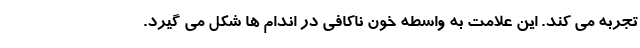
تجربه می کند. این علامت به واسطه خون ناکافی در اندام ها شکل می گیرد.